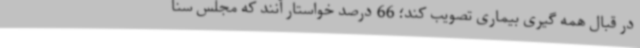
در قبال همه گیری بیماری تصویب کند؛ 66 درصد خواستار آنند که مجلس سنا